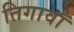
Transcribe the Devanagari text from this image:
तिगावाँ